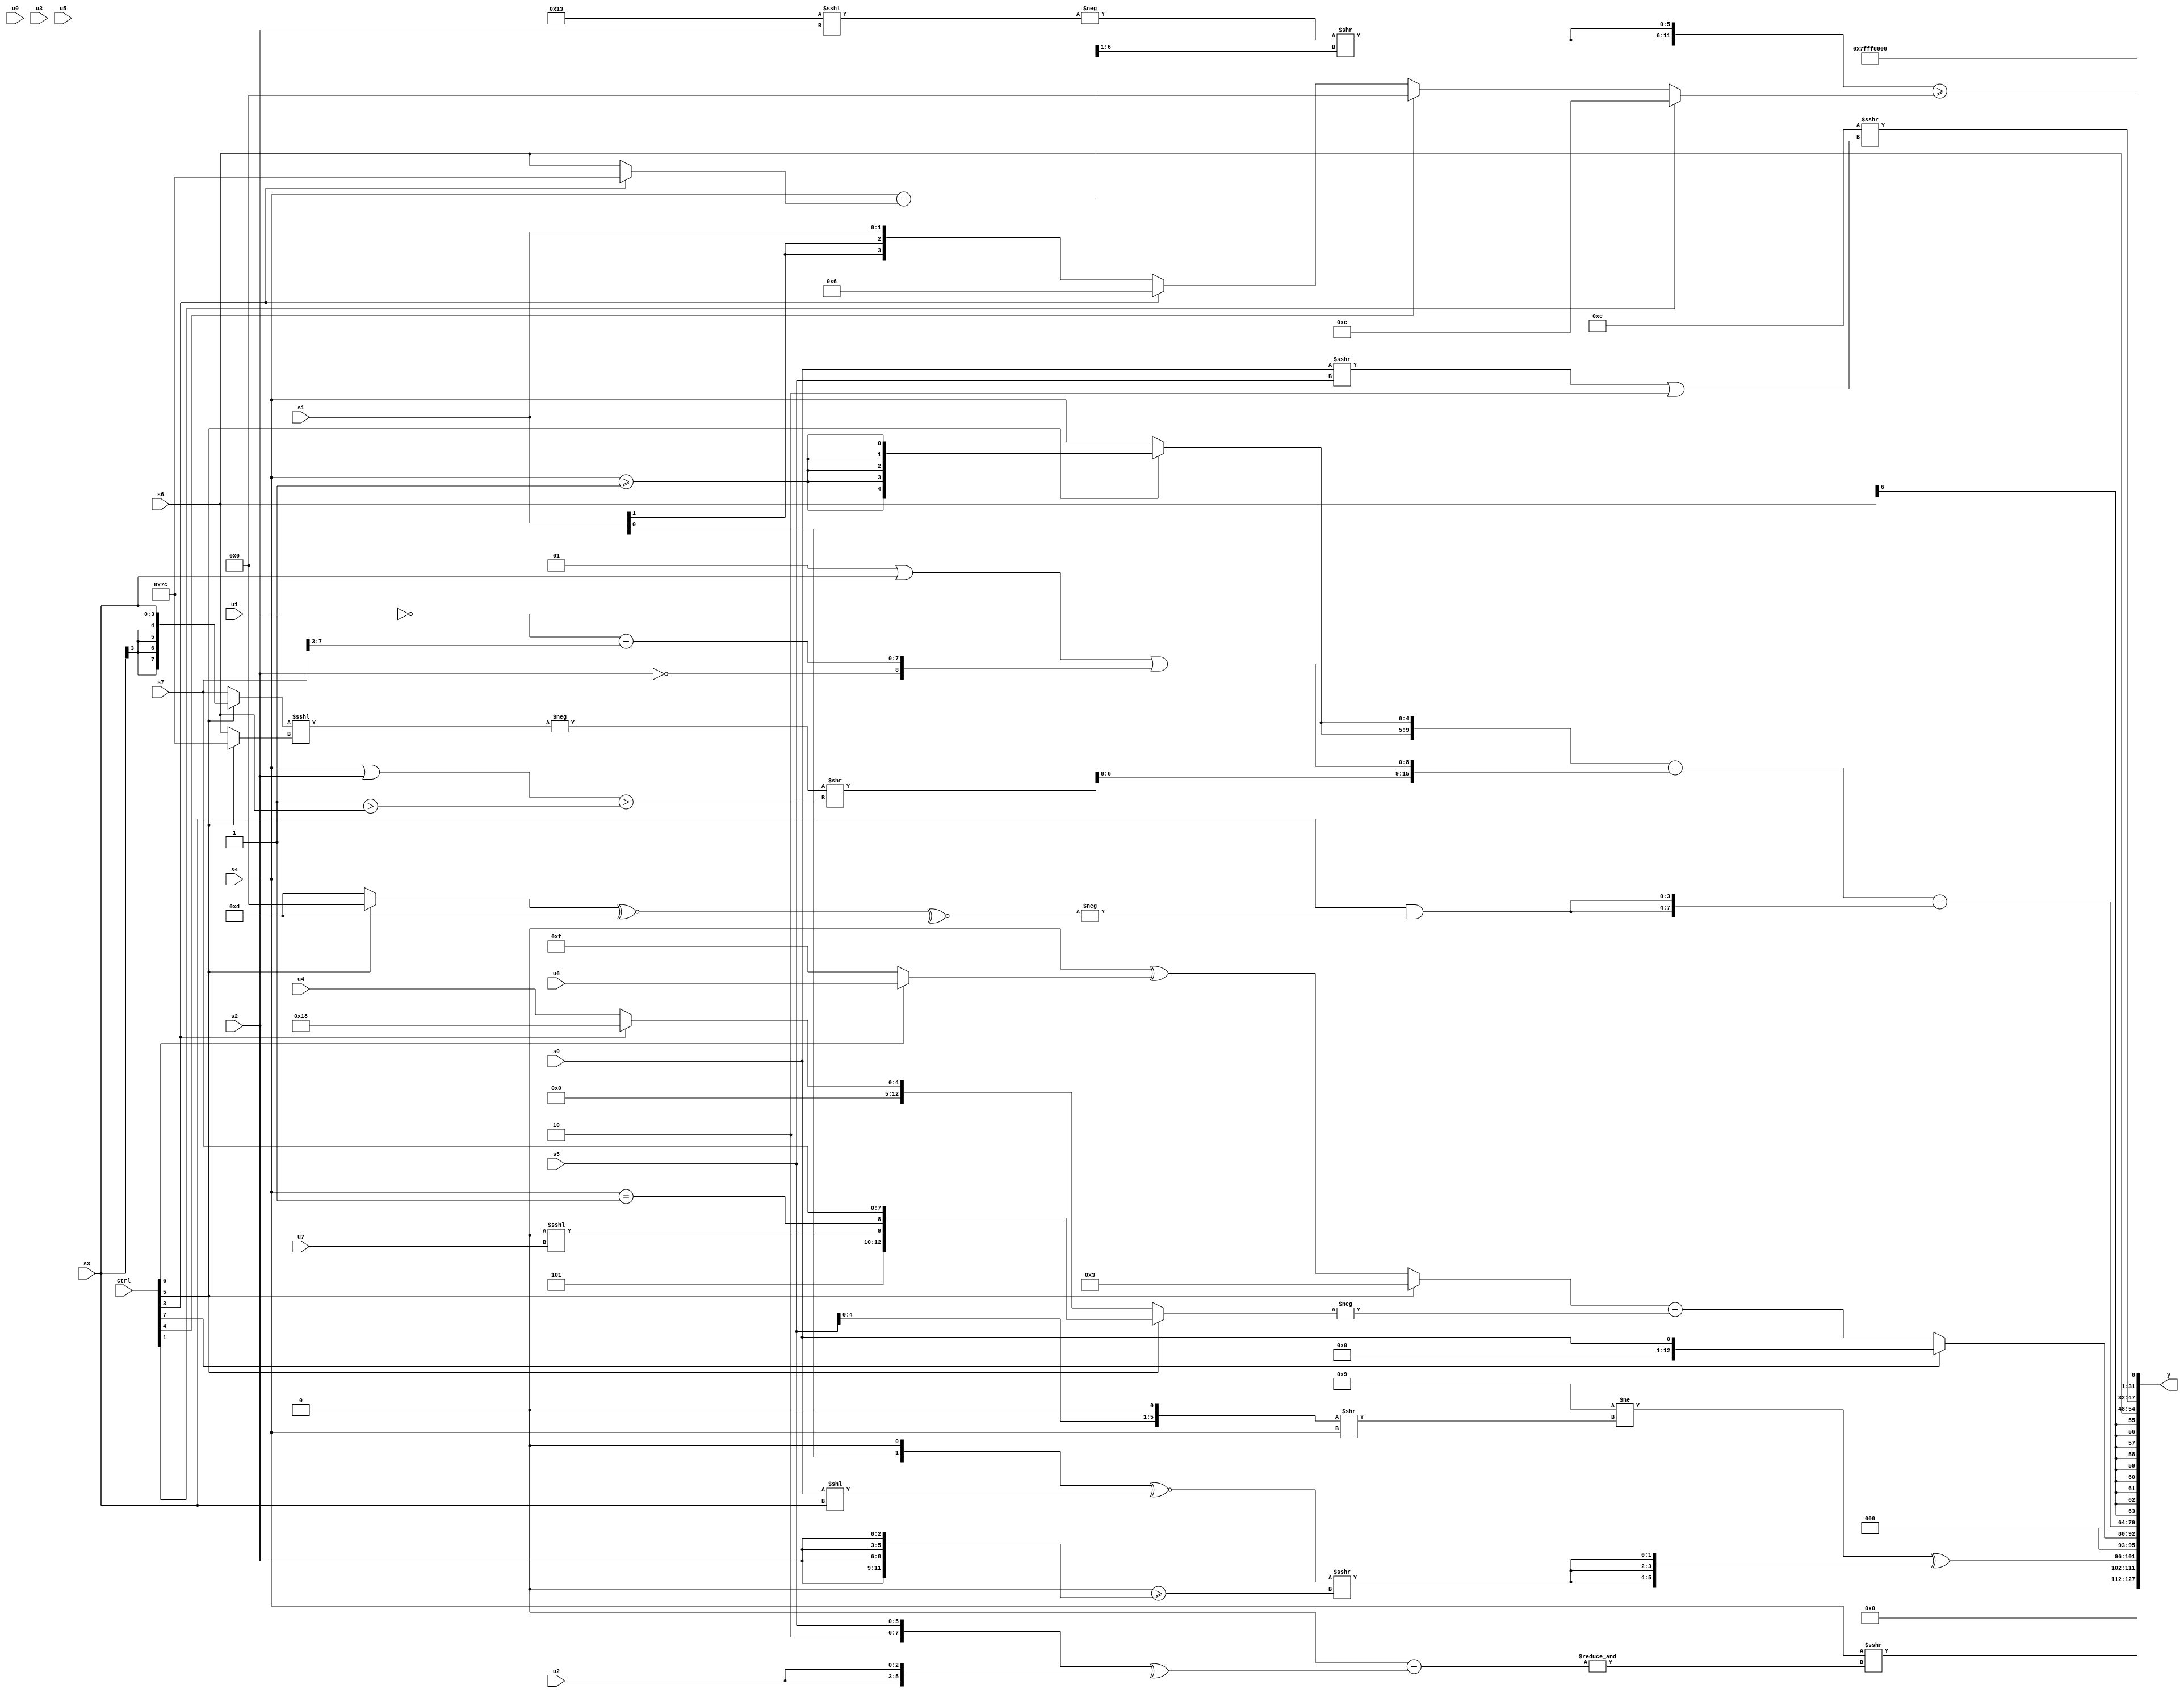
module wideexpr_00493(ctrl, u0, u1, u2, u3, u4, u5, u6, u7, s0, s1, s2, s3, s4, s5, s6, s7, y);
  input [7:0] ctrl;
  input [0:0] u0;
  input [1:0] u1;
  input [2:0] u2;
  input [3:0] u3;
  input [4:0] u4;
  input [5:0] u5;
  input [6:0] u6;
  input [7:0] u7;
  input signed [0:0] s0;
  input signed [1:0] s1;
  input signed [2:0] s2;
  input signed [3:0] s3;
  input signed [4:0] s4;
  input signed [5:0] s5;
  input signed [6:0] s6;
  input signed [7:0] s7;
  output [127:0] y;
  wire [15:0] y0;
  wire [15:0] y1;
  wire [15:0] y2;
  wire [15:0] y3;
  wire [15:0] y4;
  wire [15:0] y5;
  wire [15:0] y6;
  wire [15:0] y7;
  assign y = {y0,y1,y2,y3,y4,y5,y6,y7};
  assign y0 = ($unsigned(s4))>>>($unsigned(+(&((((5'b01011)<<<(6'sb111000))<<(6'sb101010))-(({1'sb1,1'b0,s5})^({2{u2}}))))));
  assign y1 = {1{((5'sb11001)!=(((+(s5))<<<(2'sb01))>>(s4)))^({3{(((s1)<<<(1'sb1))^~((s0)<<(s3)))>>>(((s3)!=(s3))>=({4{s2}}))}})}};
  assign y2 = $unsigned((ctrl[7]?s0:((ctrl[5]?6'sb000011:(-($signed(2'sb00)))^($signed((ctrl[6]?u6:4'b1111)))))-(-((ctrl[5]?{3'sb101,(1'sb0)<<<(u7),(s4)==(2'sb11),$signed(s7)}:+((ctrl[3]?5'sb11000:u4)))))));
  assign y3 = (({2{+((ctrl[5]?$signed({2{(s4)>=(4'sb1111)}}):s4))}})-({(s0)<<<((!($signed(5'sb10110)))<<<({2{^((s4)>>(s5))}})),(ctrl[2]?-(4'sb1111):(($signed({4'b0000,u4,s0,s1}))&(((5'sb00000)^~(4'sb0011))>>>(s4)))^(+(s3))),(-(((ctrl[5]?s3:+(s7)))<<<((ctrl[5]?(3'sb110)<<<(1'b1):s6))))>>(($unsigned(($signed(s4))|(s2)))>($signed(((ctrl[6]?2'sb11:1'sb1))>(s6)))),($signed((2'sb01)|(s3)))|($signed({!($unsigned(s2)),(~(u1))-((s7)>>(3'sb011))}))}))-({2{(s3)&(-(~^($signed(((ctrl[5]?2'sb00:4'sb1101))^~((1'b0)^(5'sb01101))))))}});
  assign y4 = s6;
  assign y5 = (6'sb001100)>>>(((s0)>>>(+(+(s5))))|(4'sb1110));
  assign y6 = 1'sb1;
  assign y7 = ({2{(-(((6'sb101101)^~(1'b1))<<<(s2)))>>((($signed(s4))-((ctrl[3]?3'sb100:s6)))>>((5'sb11111)<=(2'sb11)))}})>=((ctrl[1]?$signed(4'sb1100):{1{{1{(ctrl[4]?(2'sb01)<<<(4'sb1010):(ctrl[3]?4'sb0110:s1))}}}}));
endmodule